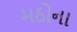
મઠોના